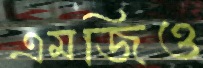
এমজিও